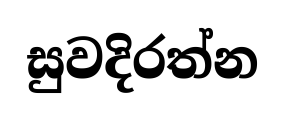
සුවදිරත්න